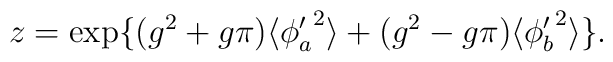
z=\exp \{(g^2+g\pi)\langle{\phi_a'}^2\rangle+(g^2-g\pi)\langle{\phi_b'}^2\rangle\}.